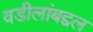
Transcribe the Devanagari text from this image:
वडीलांबद्दल